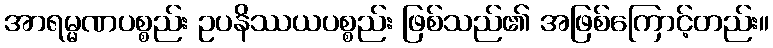
အာရမ္မဏပစ္စည်း ဥပနိဿယပစ္စည်း ဖြစ်သည်၏ အဖြစ်ကြောင့်တည်း။